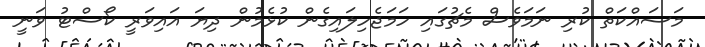
މަސައްކަތް ކުރި ނަމަވެސް މެޗުގައި ހަމަޖެހިލައިގެން ކުޅެމުން ދިޔަ އައިވަރީ ކޯސްޓު ވަނީ